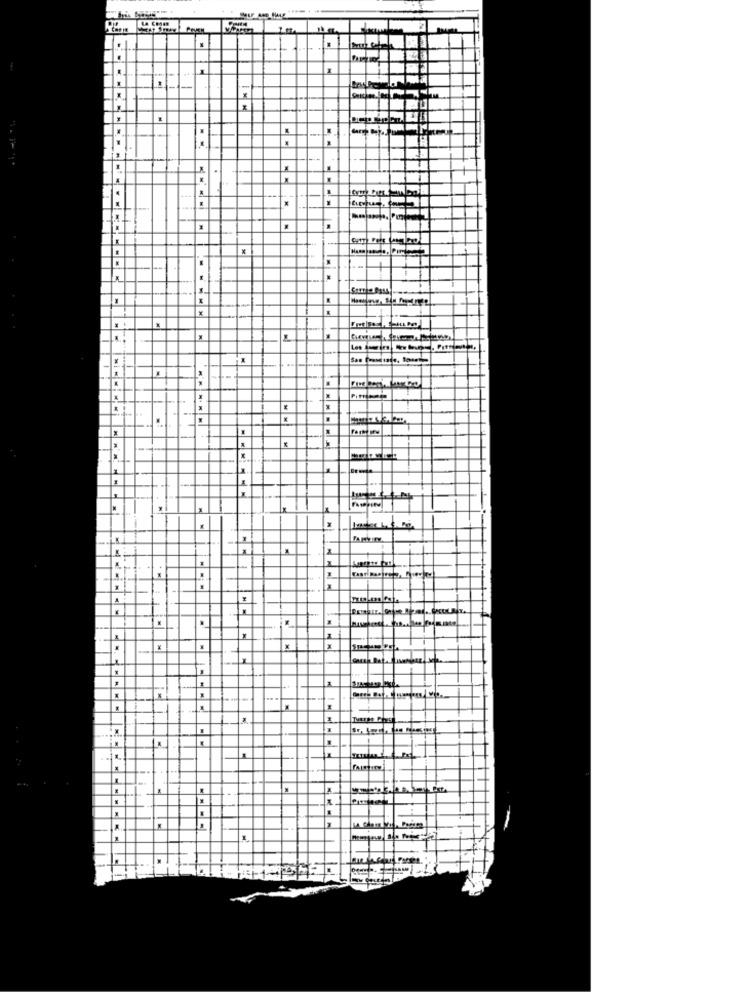
-
H
1. 1
Papier
1
..